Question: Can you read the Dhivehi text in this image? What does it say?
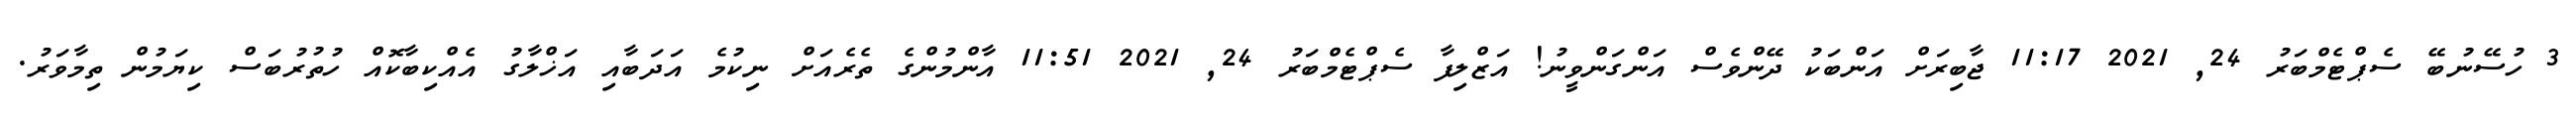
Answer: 3 ހުސޭނުބޭ ސެޕްޓެމްބަރު 24, 2021 11:17 ޖާބިރަށް އަންބަކު ދޭންވެސް އަންގަންވީނު! އަޒްލިފާ ސެޕްޓެމްބަރު 24, 2021 11:51 އާންމުންގެ ތެރެއަށް ނިކުމެ އަދަބާއި އަޚްލާގު އެއްކިބާކޮއް ހުތުރުބަސް ކިޔަމުން ތިމާވަރު.